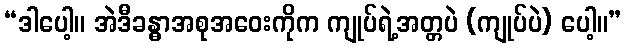
“ဒါပေါ့။ အဲဒီခန္ဓာအစုအဝေးကိုက ကျုပ်ရဲ့အတ္တပဲ (ကျုပ်ပဲ) ပေါ့။”